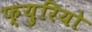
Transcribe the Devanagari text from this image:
फ्युरियो